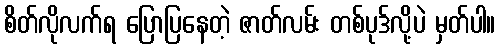
စိတ်လိုလက်ရ ပြောပြနေတဲ့ ဇာတ်လမ်း တစ်ပုဒ်လို့ပဲ မှတ်ပါ။